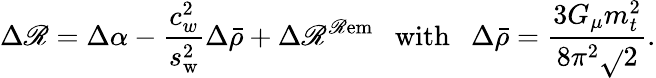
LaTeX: \Delta\mathscr{R}=\Delta\alpha-\frac{{c_{w}^{2}}}{{s_{\mathrm{{w}}}^{2}}}\Delta\bar{{\rho}}+\Delta\mathscr{R}^{\mathrm{{\mathscr{R}em}}}~~~\mathrm{{with}}~~~\Delta\bar{{\rho}}=\frac{{3G_{\mu}m_{t}^{2}}}{{8\pi^{2}\sqrt{}{{2}}}}.